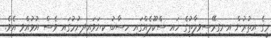
މީގެ އިތުރުން އިނގިރޭސިވިލާތުގެ ހައި ސްކޫލެއްގައި ހިސާބު ކިޔަވައިދިނުމުގައި ވެސް އުޅުއްވި އެވެ.